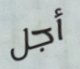
أجل